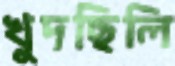
খুদছিলি